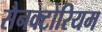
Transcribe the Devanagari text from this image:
सैनक्टोरियम